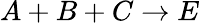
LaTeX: A+B+C\rightarrow E